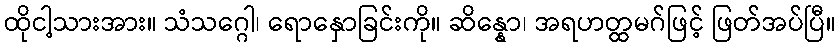
ထိုငါ့သားအား။ သံသဂ္ဂေါ၊ ရောနှောခြင်းကို။ ဆိန္နော၊ အရဟတ္ထမဂ်ဖြင့် ဖြတ်အပ်ပြီ။